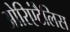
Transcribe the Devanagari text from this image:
ओरिएंटैलिस